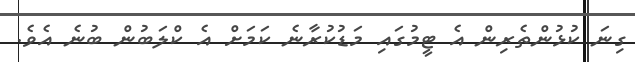
ގިނަ ކުޅުންތެރިން އެ ޓީމުގައި މަޑުކުރާނެ ކަމަށް އެ ކްލަބުން ބުނެ އެވެ.